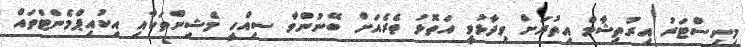
މިނިސްޓަރު އިރުތިޝާމް އިތުރަށް ވިދާޅުވީ އަތޮޅު ތެރެއަށް ބޭނުންވާ ސިއްހީ މެޝިންތަކާއި އިކުއިޕްމެންޓްތައް